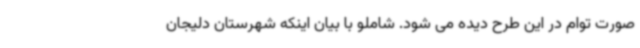
صورت توام در این طرح دیده می شود. شاملو با بیان اینکه شهرستان دلیجان